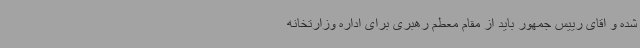
شده و اقای رییس جمهور باید از مقام معطم رهبری برای اداره وزارتخانه